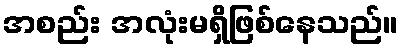
အစည်း အလုံးမရှိဖြစ်နေသည်။